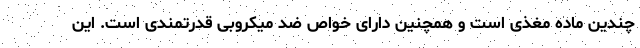
چندین ماده مغذی است و همچنین دارای خواص ضد میکروبی قدرتمندی است. این